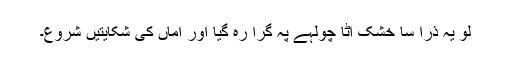
لو یہ ذرا سا خشک آٹا چولہے پہ گرا رہ گیا اور اماں کی شکایتیں شروع۔